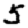
Digit: 5